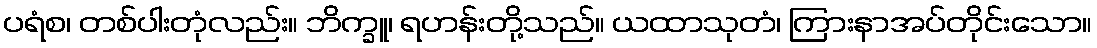
ပရံစ၊ တစ်ပါးတုံလည်း။ ဘိက္ခူ၊ ရဟန်းတို့သည်။ ယထာသုတံ၊ ကြားနာအပ်တိုင်းသော။